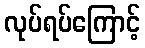
လုပ်ရပ်ကြောင့်